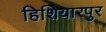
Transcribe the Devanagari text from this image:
हिशियारपुर